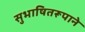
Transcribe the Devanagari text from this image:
सुभाषितरूपाने